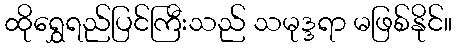
ထိုရွှေရည်ပြင်ကြီးသည် သမုဒ္ဒရာ မဖြစ်နိုင်။